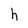
Character: h